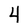
Character: 4